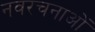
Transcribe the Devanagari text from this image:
नवरचनाओं